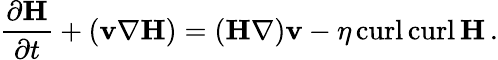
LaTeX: {{\frac{\partial{\mathbf H}}{\partial t}}+({\mathbf v}\nabla}{\mathbf H})=({\mathbf H}\nabla){\mathbf v}-\eta\, \mathrm{curl}\, \mathrm{curl}\, {\mathbf H}\, .